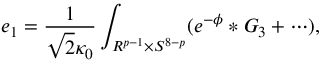
e _ { 1 } = \frac { 1 } { \sqrt { 2 } \kappa _ { 0 } } \int _ { R ^ { p - 1 } \times S ^ { 8 - p } } ( e ^ { - \phi } \ast G _ { 3 } + \cdots ) ,